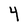
Character: Y